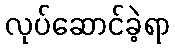
လုပ်ဆောင်ခဲ့ရာ